Report on sanitation, dispensaries, and jails in Rajputana for 1919, and on vaccination for the year 1919-1920 - 1919-1920
Year: 1919
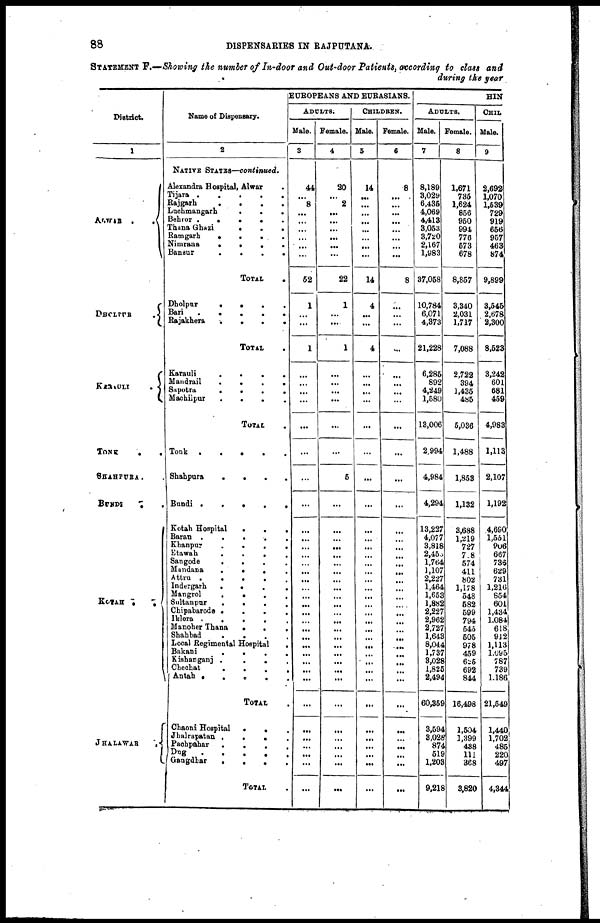
88
DISPENSARIES IN RAJPUTANA.
STATEMENT F.—Showing the number of In-door and Out-door Patients, according to class and
during the year
District.
1
ALWAR
.
.
DHOLPUR
.
KARAULI
.
TONK
.
.
SHAHPURA. .
BUNDI
. .
KOTAH .
.
JHALAWAR
.
Name of Dispensary.
2
NATIVE STATES—continued.
Alexandra Hospital, Alwar .
Tijara .
.
.
.
.
Rajgarh
.
.
.
.
Luchmangarh
.
.
.
Behror .
.
.
. .
Thana Ghazi
.
.
.
Ramgarh
.
.
.
.
Nimrana
.
.
.
.
Bansur
.
.
.
.
TOTAL .
Dholpur
.
.
.
.
Bari
.
.
.
.
.
Rajakhera
.
.
.
.
TOTAL .
Karauli
.
.
.
.
Mandrail
.
.
.
.
Sapotra
.
.
.
.
Machilpur
.
.
.
.
TOTAL .
Tonk
.
.
.
.
.
Shahpura
.
.
.
.
Bundi .
.
.
.
.
Kotah Hospital
.
.
.
Baran .
.
.
.
.
Khanpur
.
.
. .
Etawah
.
.
.
.
Sangode
.
.
. .
Mandana
.
.
. .
Attru .
.
.
. .
Indergarh
.
.
.
.
Mangrol
.
.
.
.
Sultanpur
.
. . .
Chipabarode .
.
.
.
Iklera .
.
.
. .
Manoher Thana
.
.
.
Shahbad
.
.
. .
Local Regimental Hospital .
Bakani
.
.
.
.
Kishanganj .
.
. .
Chechat . . . .
Antah .
.
.
. .
TOTAL .
Chaoni Hospital
.
. .
Jhalrapatan .
.
. .
Pachpahar
.
.
. .
Dug
.
.
.
. .
Uangdhar
.
.
.
.
TOTAL .
EUROPEANS AND EURASIANS.
ADULTS.
Male.
3
44
...
8
...
...
...
...
...
...
52
1
...
...
1
...
...
...
...
...
...
...
...
...
...
...
...
...
...
...
...
...
...
...
...
...
...
...
...
...
...
...
...
...
...
...
...
...
...
Female.
4
20
...
2
...
...
...
...
...
...
22
1
...
...
1
...
...
...
...
...
...
5
...
...
...
...
...
...
...
...
...
...
...
...
...
...
...
...
...
...
...
...
...
...
...
...
...
...
...
CHILDREN.
Male.
5
14
...
...
...
...
...
...
...
...
14
4
...
...
4
...
...
...
...
...
...
...
...
...
...
...
...
...
...
...
...
...
...
...
...
...
...
...
...
...
...
...
...
...
...
...
...
...
...
Female.
6
8
...
...
...
...
...
...
...
...
8
...
...
...
...
...
...
...
...
...
...
...
...
...
...
...
...
...
... ...
...
...
... ...
...
...
...
...
...
...
...
...
...
...
...
...
...
...
...
HIN
ADULTS.
Male.
7
8,189
3,029
6,435
4,069
4,413
3,053
3,720
2,167
1,983
37,058
10,784
6,071
4,373
21,228
6,285
892
4,249
1,580
13,006
2,994
4,984
4,294
13,227
4,077
3,818
2,458
1,764
1,107
2,227
1,464
1,653
1,882
2,227
2,962
2,727
1,643
8,044
1,737
3,028
1,825
2,494
60,359
3,594
3,028
874
519
1,203
9,218
Female.
8
1,671
735
1,624
856
950
994
776
573
678
8,857
3,340
2,031
1,717
7,088
2,722
394
1,435
485
5,036
1,488
1,853
1,132
3,688
1,219
727
708
574
411
802
1,178
548
582
599
794
545
505
978
459
625
692
844
16,498
1,504
1,399
438
111
368
3,820
CHIL
Male.
9
2,692
1,070
1,539
729
919
656
957
463
874
9,899
3,545
2,678
2,300
8,523
3,242
601
681
459
4,983
1,113
2,107
1,192
4,690
l,551
906
667
736
629
731
1,216
854
601
1,434
1,084
618
912
1,113
1,095
787
739
1,186
21,549
1,440
1,702
485
220
497
4,344